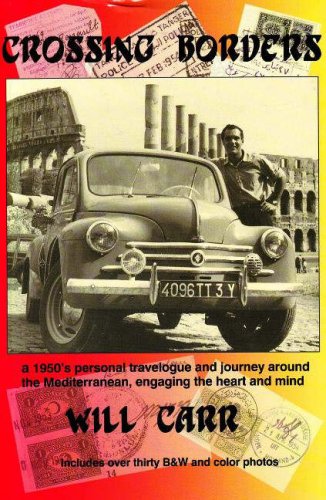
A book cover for Crossing Borders; Will Carr; Gay & Lesbian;